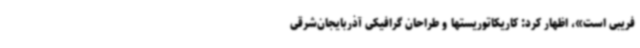
فریبی است»، اظهار کرد: کاریکاتوریستها و طراحان گرافیکی آذربایجان‌شرقی